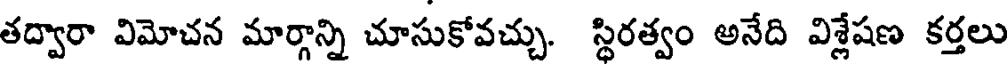
తద్వారా విమోచన మార్గాన్ని చూసుకోవచ్చు. స్థిరత్వం అనేది విశ్లేషణ కర్తలు